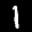
Label: 1